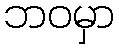
ဘဝမှာ